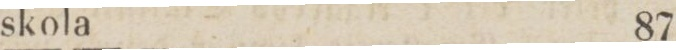
skola    87